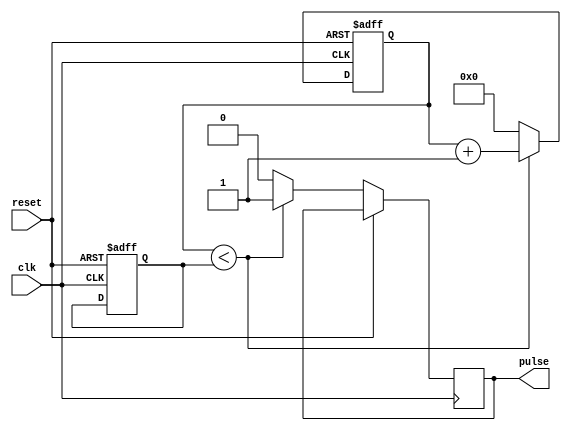
module pulse_generator(
    input wire clk,
    input wire reset,
    output wire pulse
);

reg [15:0] counter;
reg [15:0] duty_cycle_count;
reg [15:0] duty_cycle_value;

always @(posedge clk or posedge reset) begin
    if (reset) begin
        counter <= 16'h0000;
        duty_cycle_count <= 16'h0000;
        duty_cycle_value <= 16'h8000; // 50% duty cycle
    end else begin
        if (duty_cycle_count < duty_cycle_value) begin
            pulse <= 1'b1;
            duty_cycle_count <= duty_cycle_count + 1;
        end else begin
            pulse <= 1'b0;
            duty_cycle_count <= 16'h0000;
        end
        
        if (counter == 16'hFFFF) begin
            counter <= 16'h0000;
        end else begin
            counter <= counter + 1;
        end
    end
end

endmodule